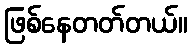
ဖြစ်နေတတ်တယ်။